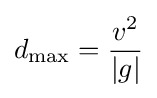
d_{\mathrm {max} }={\frac {v^{2}}{|g|}}